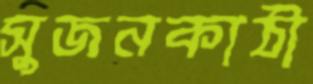
সুজনকাঠী